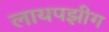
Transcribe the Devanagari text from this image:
लायपझीग